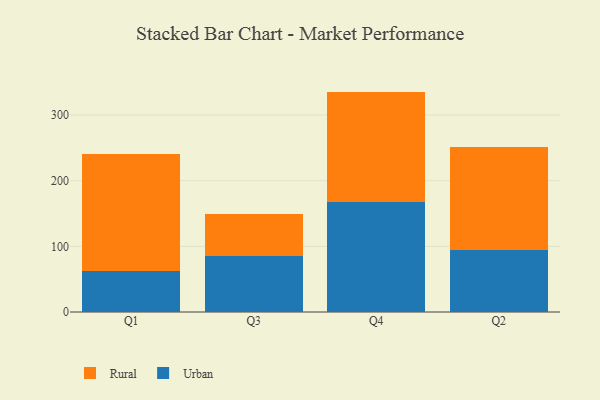
{"axis": {"x": "Quarter", "y": "Tickets Resolved"}, "legend": ["Rural", "Urban"], "data": [{"x": "Q1", "y": 62.3, "type": "Urban"}, {"x": "Q1", "y": 179.0, "type": "Rural"}, {"x": "Q3", "y": 85.7, "type": "Urban"}, {"x": "Q3", "y": 64.0, "type": "Rural"}, {"x": "Q4", "y": 166.9, "type": "Urban"}, {"x": "Q4", "y": 168.9, "type": "Rural"}, {"x": "Q2", "y": 94.5, "type": "Urban"}, {"x": "Q2", "y": 156.7, "type": "Rural"}]}